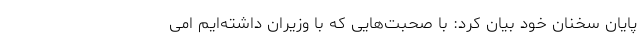
پایان سخنان خود بیان کرد: با صحبت‌هایی که با وزیران داشته‌ایم امی